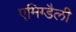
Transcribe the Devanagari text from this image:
एमिग्डैली